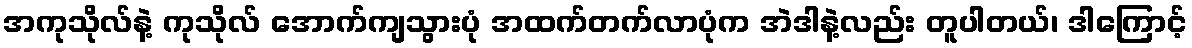
အကုသိုလ်နဲ့ ကုသိုလ် အောက်ကျသွားပုံ အထက်တက်လာပုံက အဲဒါနဲ့လည်း တူပါတယ်၊ ဒါကြောင့်